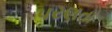
પરણતા